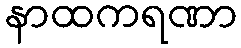
နာထကရဏာ